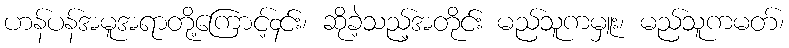
ဟန်ပန်အမူအရာတို့ကြောင့်၄င်း၊ ဆိုခဲ့သည့်အတိုင်း မည်သူကမှူး၊ မည်သူကမတ်၊